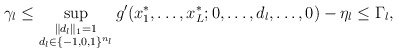
\begin{align*}\gamma_l\le\sup_{\substack{\|d_l\|_1=1\\ d_l\in\{-1,0,1\}^{n_l}}}g'(x_1^*,\ldots,x_L^*;0,\ldots,d_l,\ldots,0)-\eta_l\le\Gamma_l,\end{align*}